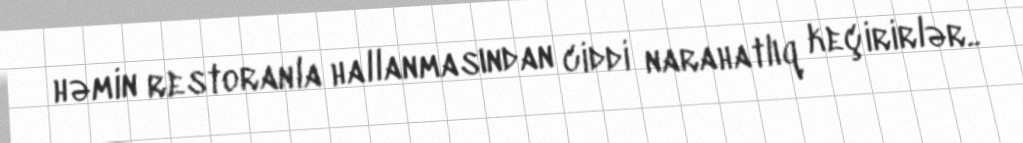
həmin restoranla hallanmasından ciddi narahatlıq keçirirlər..